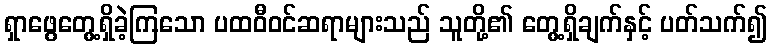
ရှာဖွေတွေ့ရှိခဲ့ကြသော ပထဝီဝင်ဆရာများသည် သူတို့၏ တွေ့ရှိချက်နှင့် ပတ်သက်၍